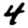
Digit: 4